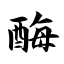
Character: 酶